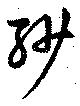
紗